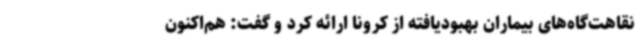
نقاهت‌گاه‌های بیماران بهبودیافته از کرونا ارائه کرد و گفت: هم‌اکنون